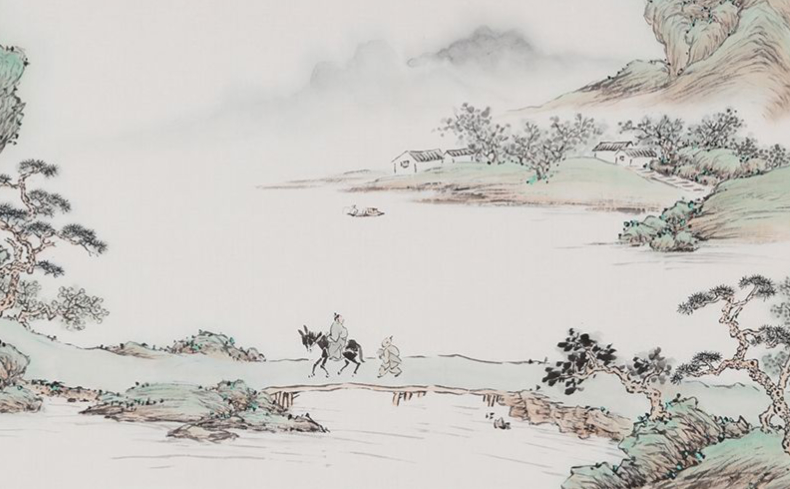
疏篱曲径田家小。云树开清晓。